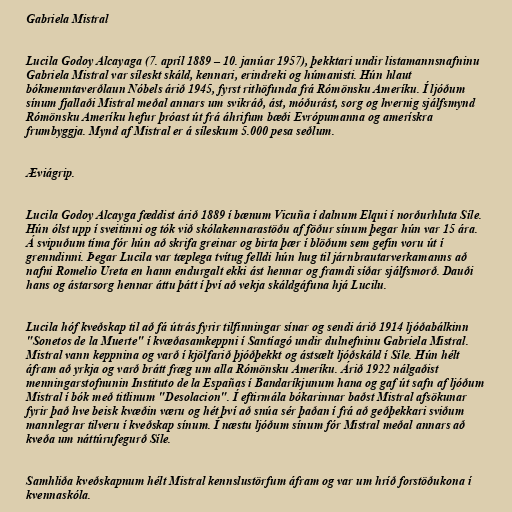
Gabriela Mistral

Lucila Godoy Alcayaga (7. apríl 1889 – 10. janúar 1957), þekktari undir listamannsnafninu
Gabriela Mistral var síleskt skáld, kennari, erindreki og húmanisti. Hún hlaut
bókmenntaverðlaun Nóbels árið 1945, fyrst rithöfunda frá Rómönsku Ameríku. Í ljóðum
sínum fjallaði Mistral meðal annars um svikráð, ást, móðurást, sorg og hvernig sjálfsmynd
Rómönsku Ameríku hefur þróast út frá áhrifum bæði Evrópumanna og amerískra
frumbyggja. Mynd af Mistral er á síleskum 5.000 pesa seðlum.

Æviágrip.

Lucila Godoy Alcayga fæddist árið 1889 í bænum Vicuña í dalnum Elqui í norðurhluta Síle.
Hún ólst upp í sveitinni og tók við skólakennarastöðu af föður sínum þegar hún var 15 ára.
Á svipuðum tíma fór hún að skrifa greinar og birta þær í blöðum sem gefin voru út í
grenndinni. Þegar Lucila var tæplega tvítug felldi hún hug til járnbrautarverkamanns að
nafni Romelio Ureta en hann endurgalt ekki ást hennar og framdi síðar sjálfsmorð. Dauði
hans og ástarsorg hennar áttu þátt í því að vekja skáldgáfuna hjá Lucilu.

Lucila hóf kveðskap til að fá útrás fyrir tilfinningar sínar og sendi árið 1914 ljóðabálkinn
"Sonetos de la Muerte" í kvæðasamkeppni í Santíagó undir dulnefninu Gabriela Mistral.
Mistral vann keppnina og varð í kjölfarið þjóðþekkt og ástsælt ljóðskáld í Síle. Hún hélt
áfram að yrkja og varð brátt fræg um alla Rómönsku Ameríku. Árið 1922 nálgaðist
menningarstofnunin Instituto de la Españas í Bandaríkjunum hana og gaf út safn af ljóðum
Mistral í bók með titlinum "Desolacion". Í eftirmála bókarinnar baðst Mistral afsökunar
fyrir það hve beisk kvæðin væru og hét því að snúa sér þaðan í frá að geðþekkari sviðum
mannlegrar tilveru í kveðskap sínum. Í næstu ljóðum sínum fór Mistral meðal annars að
kveða um náttúrufegurð Síle.

Samhliða kveðskapnum hélt Mistral kennslustörfum áfram og var um hríð forstöðukona í
kvennaskóla.